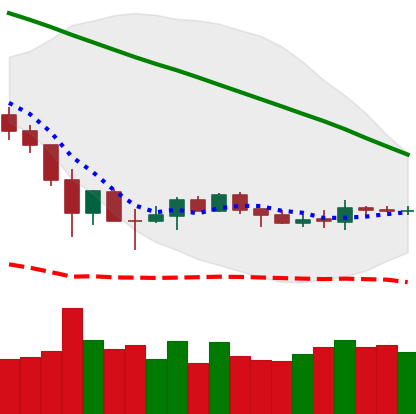
Ticker: BNB-USD
Chart end date: 2019-12-08
Forward return: -5.077%
Label: down_5_7